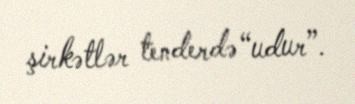
şirkətlər tenderdə “udur”.